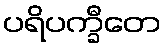
ပရိပက္ခီတေ